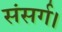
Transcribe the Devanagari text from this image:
संसर्ग।